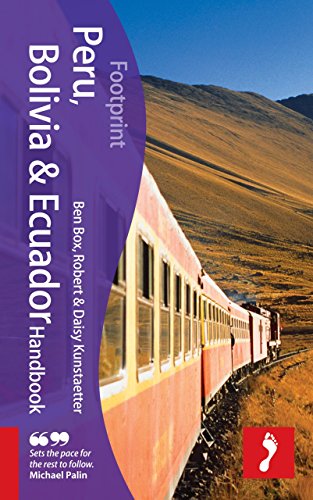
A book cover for Peru, Bolivia & Ecuador Handbook, 3rd: Travel guide to Peru, Bolivia & Ecuador (Footprint - Handbooks); Ben Box; Travel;